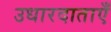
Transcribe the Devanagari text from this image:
उधारदाताएँ